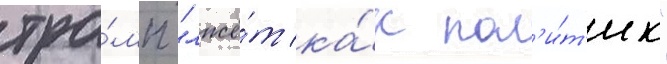
тра́мп "лжё́т ка́к пол'и́т'ик"